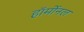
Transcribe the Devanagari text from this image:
हॉर्मोनल